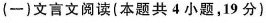
（一）文言文读本（共4小题，19分）